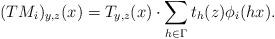
LaTeX: \begin{align*}(TM_i)_{y,z}(x)=T_{y,z}(x)\cdot \sum_{h\in \Gamma}t_h(z)\phi_i(hx).\end{align*}